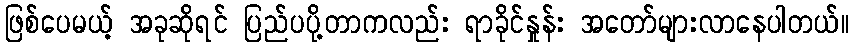
ဖြစ်ပေမယ့် အခုဆိုရင် ပြည်ပပို့တာကလည်း ရာခိုင်နှုန်း အတော်များလာနေပါတယ်။